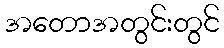
အတောအတွင်းတွင်